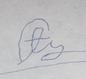
Signature authenticity: forged